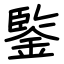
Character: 鍳